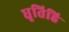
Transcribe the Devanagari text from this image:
धृतिहि